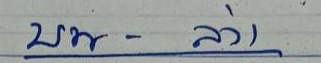
บน - ล่าง